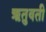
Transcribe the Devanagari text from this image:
ऋतुवती